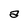
Character: a